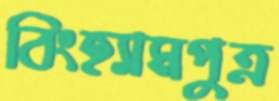
বিংহ্যামপুত্র